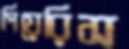
পিয়েরিস